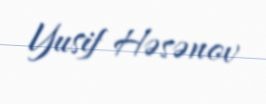
Yusif Həsənov